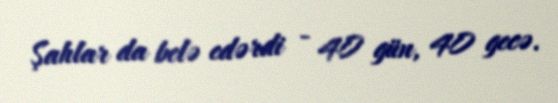
Şahlar da belə edərdi - 40 gün, 40 gecə.